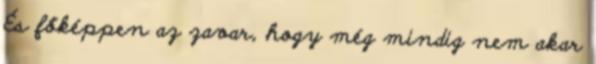
És főképpen az zavar, hogy még mindig nem akar